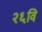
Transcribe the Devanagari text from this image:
२६वि